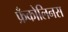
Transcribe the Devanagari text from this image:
फ्रँकोलिनस